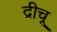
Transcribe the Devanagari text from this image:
द्रीचू